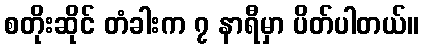
စတိုးဆိုင် တံခါးက ၇ နာရီမှာ ပိတ်ပါတယ်။